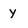
Character: y